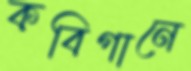
কবিগানে